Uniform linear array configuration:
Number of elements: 4
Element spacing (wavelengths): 0.25
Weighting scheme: kaiser
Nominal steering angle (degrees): -15
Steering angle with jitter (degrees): -13.544
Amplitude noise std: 0.05
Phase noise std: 0.05

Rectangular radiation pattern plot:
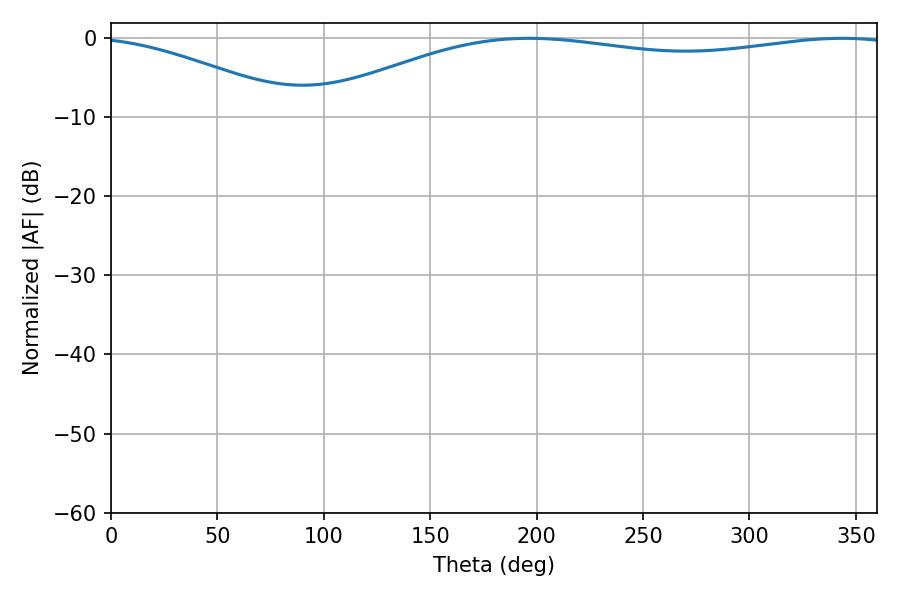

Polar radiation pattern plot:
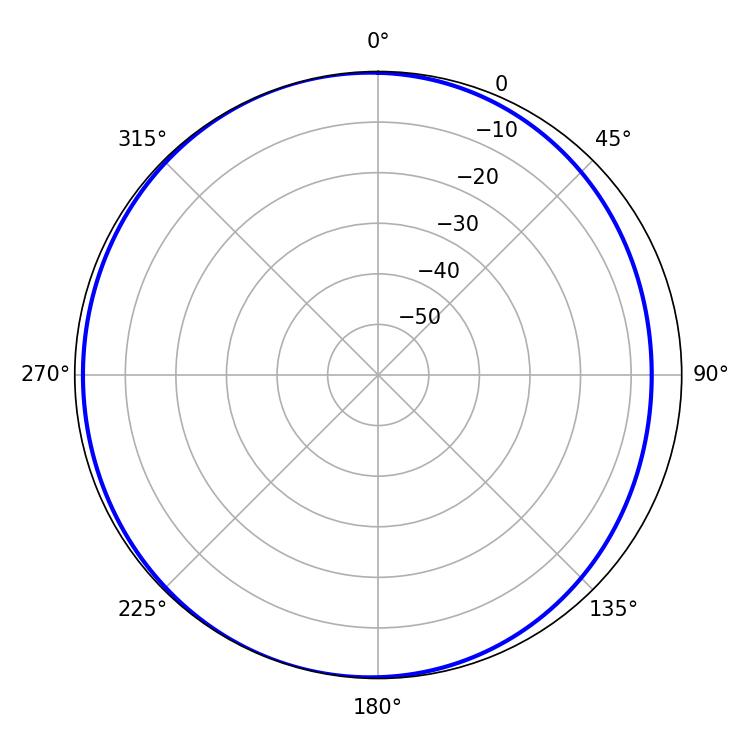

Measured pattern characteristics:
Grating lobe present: FALSE
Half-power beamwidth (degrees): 222.12
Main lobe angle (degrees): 196.38